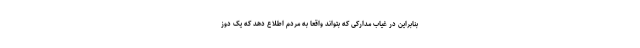
بنابراین در غیاب مدارکی که بتواند واقعا به مردم اطلاع دهد که یک دوز